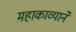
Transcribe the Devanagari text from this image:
महाकाव्याने